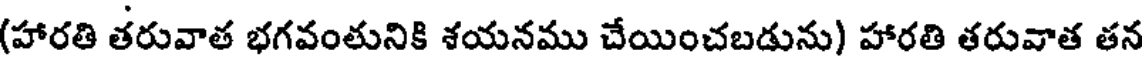
(హారతి తరువాత భగవంతునికి శయనము చేయించబడును) హారతి తరువాత తన